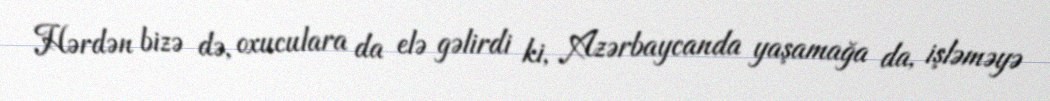
Hərdən bizə də, oxuculara da elə gəlirdi ki, Azərbaycanda yaşamağa da, işləməyə